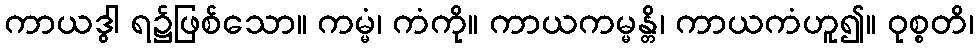
ကာယဒွါ ရ၌ဖြစ်သော။ ကမ္မံ၊ ကံကို။ ကာယကမ္မန္တိ၊ ကာယကံဟူ၍။ ဝုစ္စတိ၊